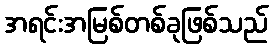
အရင်းအမြစ်တစ်ခုဖြစ်သည်